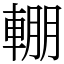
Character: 輣